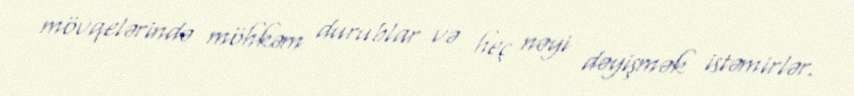
mövqelərində möhkəm durublar və heç nəyi dəyişmək istəmirlər.